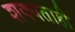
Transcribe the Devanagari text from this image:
शक्‍यताही